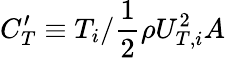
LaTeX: C_{T}^{\prime}\equiv T_{i}/\frac{1}{2}\rho U_{T,i}^{2}A